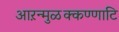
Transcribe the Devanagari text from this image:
आऱन्मुळक्कण्णाटि